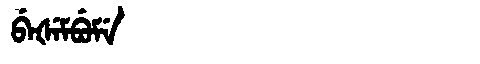
Manchu: ᠪᡝᡧᡝᠮᠪᡠᠮᡝ
Romanization: BEŠEMBUME